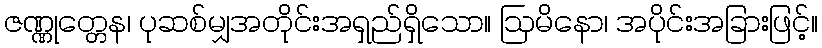
ဇဏ္ဏုတ္တေန၊ ပုဆစ်မျှအတိုင်းအရှည်ရှိသော။ ဩမိနော၊ အပိုင်းအခြားဖြင့်။